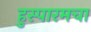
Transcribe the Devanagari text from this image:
हुस्पारमचा